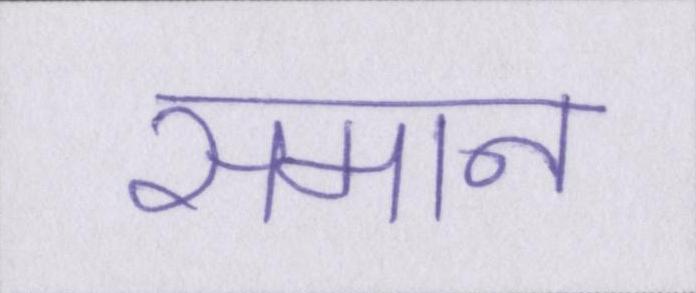
समान